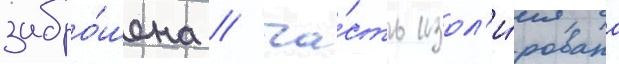
забро́шена / ча́сть изол'и́рована